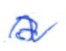
Text: a
Cross-out: wave
Writing tool: ballpoint